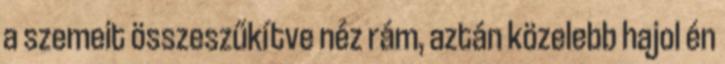
a szemeit összeszűkítve néz rám, aztán közelebb hajol én